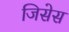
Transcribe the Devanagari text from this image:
जिसेस